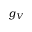
g _ { V }